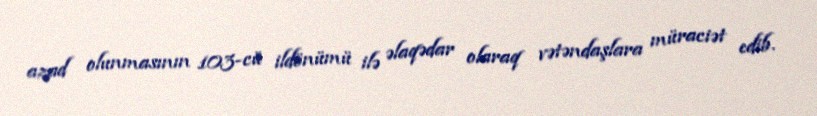
azad olunmasının 103-cü ildönümü ilə əlaqədar olaraq vətəndaşlara müraciət edib.